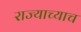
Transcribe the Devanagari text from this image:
राज्याच्याच